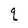
Character: q